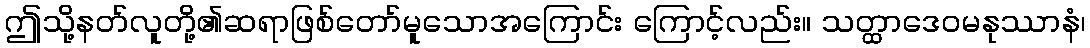
ဤသို့နတ်လူတို့၏ဆရာဖြစ်တော်မူသောအကြောင်း ကြောင့်လည်း။ သတ္ထာဒေဝမနုဿာနံ၊